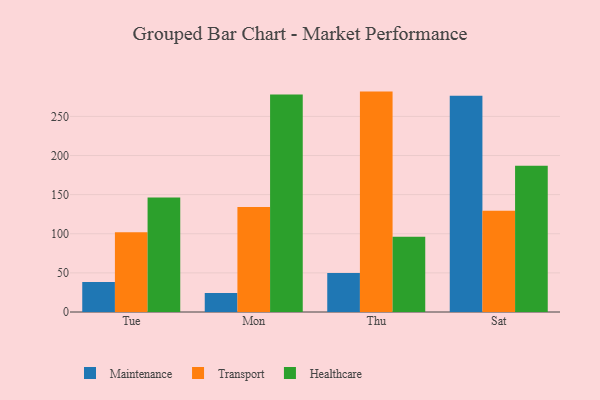
{"axis": {"x": "Day", "y": "Budget (USD K)"}, "legend": ["Healthcare", "Maintenance", "Transport"], "data": [{"x": "Tue", "y": 38.2, "type": "Maintenance"}, {"x": "Tue", "y": 102.0, "type": "Transport"}, {"x": "Tue", "y": 146.5, "type": "Healthcare"}, {"x": "Mon", "y": 24.3, "type": "Maintenance"}, {"x": "Mon", "y": 134.2, "type": "Transport"}, {"x": "Mon", "y": 278.1, "type": "Healthcare"}, {"x": "Thu", "y": 49.7, "type": "Maintenance"}, {"x": "Thu", "y": 281.7, "type": "Transport"}, {"x": "Thu", "y": 96.2, "type": "Healthcare"}, {"x": "Sat", "y": 276.5, "type": "Maintenance"}, {"x": "Sat", "y": 129.3, "type": "Transport"}, {"x": "Sat", "y": 186.8, "type": "Healthcare"}]}